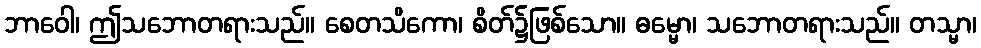
ဘာဝေါ၊ ဤသဘောတရားသည်။ စေတသိကော၊ စိတ်၌ဖြစ်သော။ ဓမ္မော၊ သဘောတရားသည်။ တသ္မာ၊